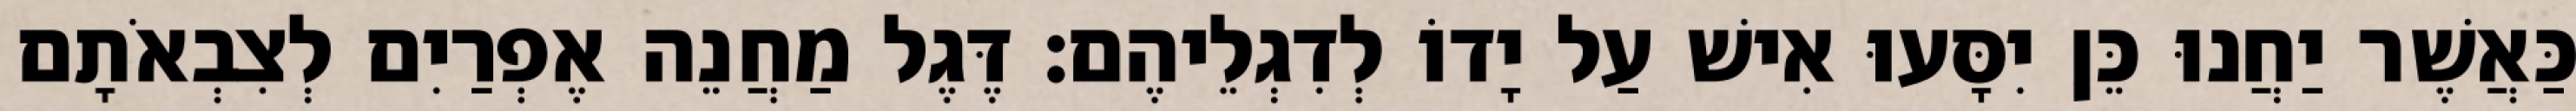
כַּאֲשֶׁר יַחֲנוּ כֵּן יִסָּעוּ אִישׁ עַל יָדוֹ לְדִגְלֵיהֶם׃ דֶּגֶל מַחֲנֵה אֶפְרַיִם לְצִבְאֹתָם